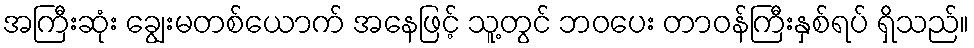
အကြီးဆုံး ချွေးမတစ်ယောက် အနေဖြင့် သူ့တွင် ဘဝပေး တာဝန်ကြီးနှစ်ရပ် ရှိသည်။